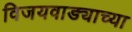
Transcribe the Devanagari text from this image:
विजयवाड्याच्या